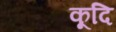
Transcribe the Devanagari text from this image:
कूदि